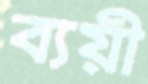
ব্যয়ী